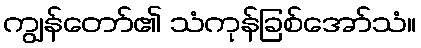
ကျွန်တော်၏ သံကုန်ခြစ်အော်သံ။